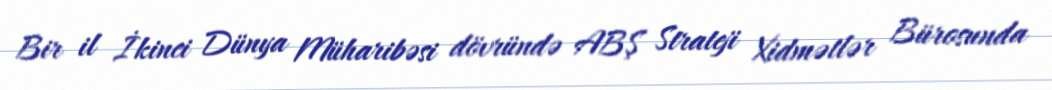
Bir il İkinci Dünya Müharibəsi dövründə ABŞ Strateji Xidmətlər Bürosunda